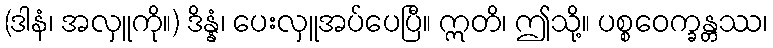
(ဒါနံ၊ အလှူကို။) ဒိန္နံ၊ ပေးလှူအပ်ပေပြီ။ ဣတိ၊ ဤသို့။ ပစ္စဝေက္ခန္တဿ၊